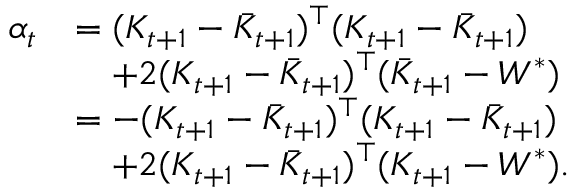
\begin{array} { r l } { \alpha _ { t } } & { = ( K _ { t + 1 } - \bar { K } _ { t + 1 } ) ^ { \top } ( K _ { t + 1 } - \bar { K } _ { t + 1 } ) } \\ & { \quad + 2 ( K _ { t + 1 } - \bar { K } _ { t + 1 } ) ^ { \top } ( \bar { K } _ { t + 1 } - W ^ { \ast } ) } \\ & { = - ( K _ { t + 1 } - \bar { K } _ { t + 1 } ) ^ { \top } ( K _ { t + 1 } - \bar { K } _ { t + 1 } ) } \\ & { \quad + 2 ( K _ { t + 1 } - \bar { K } _ { t + 1 } ) ^ { \top } ( K _ { t + 1 } - W ^ { \ast } ) . } \end{array}